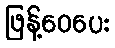
ဖြန့်ဝေပေး